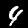
Digit: 4